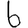
Digit: 6